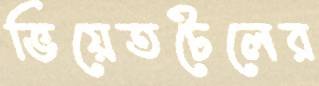
ভিয়েতটেলের